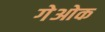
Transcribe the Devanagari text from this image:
गेओक